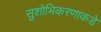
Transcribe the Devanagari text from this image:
सुशोभिकरणाकडे